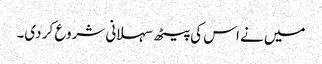
میں نے اس کی پیٹھ سہلانی شروع کر دی۔